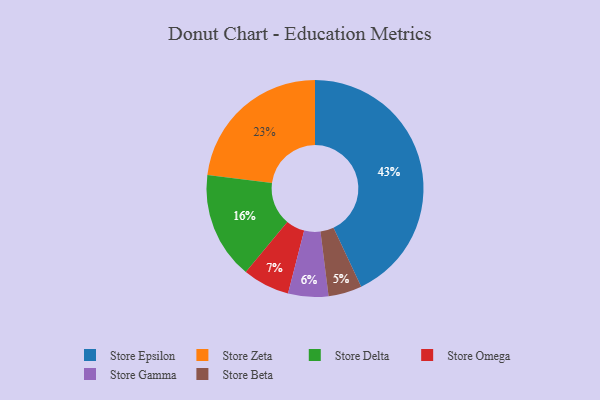
{"axis": {"x": "Category", "y": "Percentage"}, "legend": ["Store Beta", "Store Delta", "Store Epsilon", "Store Gamma", "Store Omega", "Store Zeta"], "data": [{"x": "Store Omega", "y": 7, "type": "Store Omega"}, {"x": "Store Epsilon", "y": 43, "type": "Store Epsilon"}, {"x": "Store Zeta", "y": 23, "type": "Store Zeta"}, {"x": "Store Beta", "y": 5, "type": "Store Beta"}, {"x": "Store Delta", "y": 16, "type": "Store Delta"}, {"x": "Store Gamma", "y": 6, "type": "Store Gamma"}]}